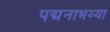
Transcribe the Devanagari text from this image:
पद्मनाभय्या